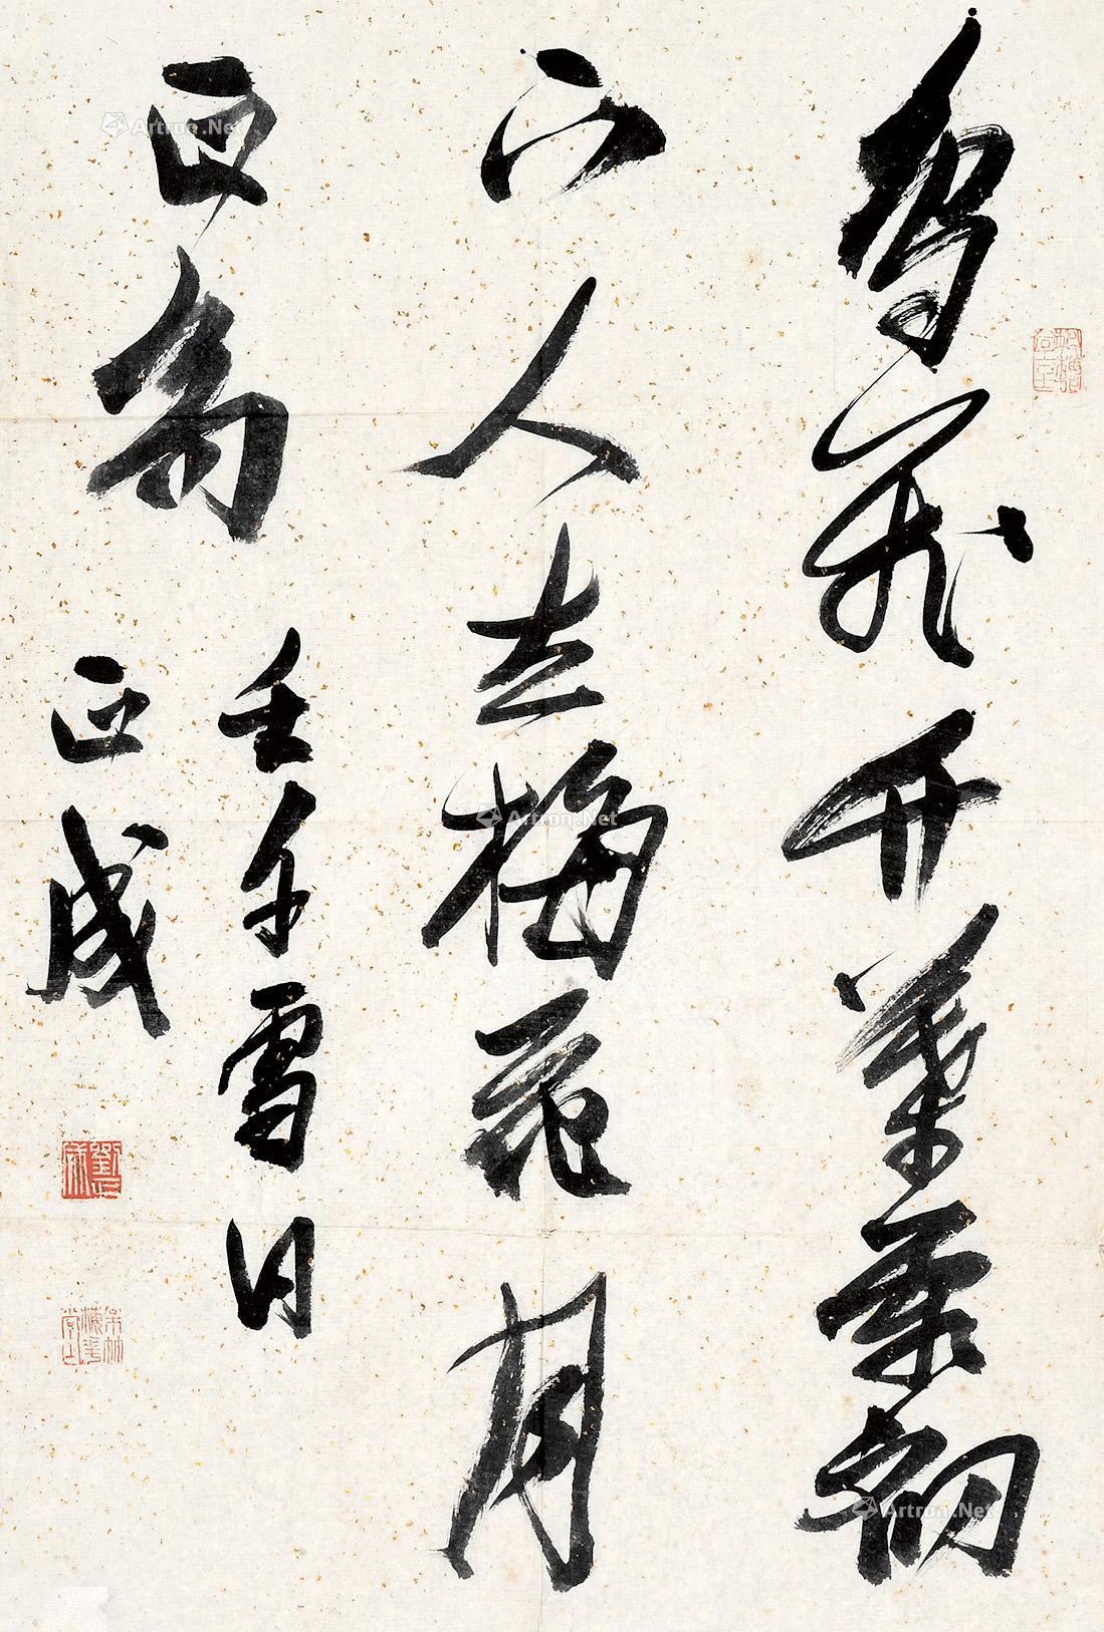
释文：鸟飞竹叶霜初下，人立梅花月正高。壬午日正成。